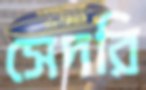
সেদরি